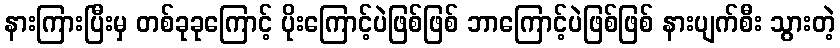
နားကြားပြီးမှ တစ်ခုခုကြောင့် ပိုးကြောင့်ပဲဖြစ်ဖြစ် ဘာကြောင့်ပဲဖြစ်ဖြစ် နားပျက်စီး သွားတဲ့